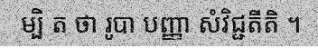
ម្បិ ត ថា រូបា បញ្ញា សំវិជ្ជតីតិ ។